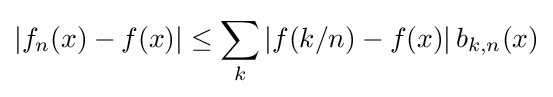
|f_{n}(x)-f(x)|\leq \sum _{k}|f(k/n)-f(x)|\,b_{k,n}(x)